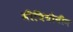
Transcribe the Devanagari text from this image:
मीथियोनीन